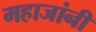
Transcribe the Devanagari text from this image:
महाजांनी